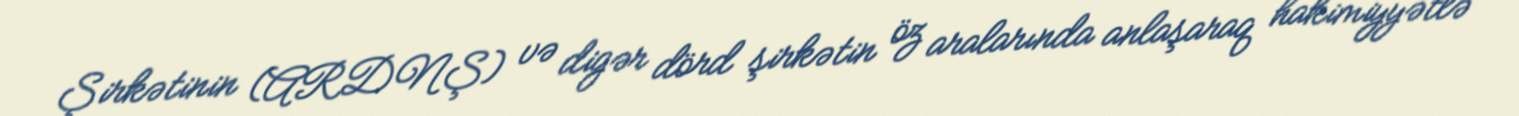
Şirkətinin (ARDNŞ) və digər dörd şirkətin öz aralarında anlaşaraq hakimiyyətlə